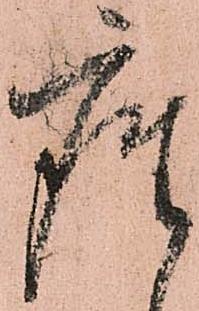
座